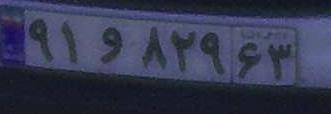
۹۱و۸۲۹۶۳